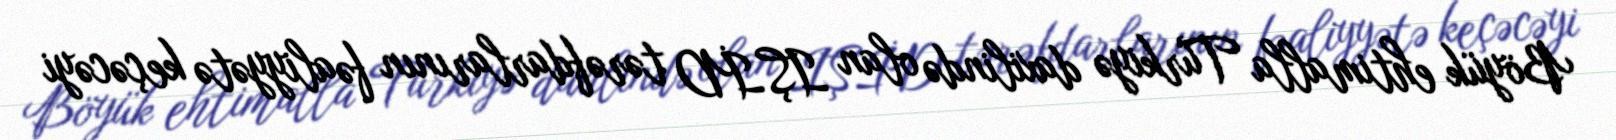
Böyük ehtimalla Türkiyə daxilində olan IŞİD tərəfdarlarının fəaliyyətə keçəcəyi